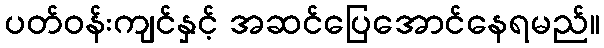
ပတ်ဝန်းကျင်နှင့် အဆင်ပြေအောင်နေရမည်။